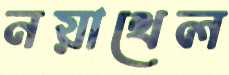
নয়াখেল